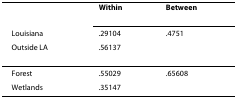
|  | Within | Between |
 | Louisiana | .29104 | .4751 |
 | Outside LA | .56137 |  |
 | --- | --- | --- |
 | Forest | .55029 | .65608 |
 | Wetlands | .35147 |  |